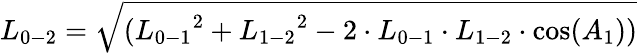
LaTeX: {L_{0-2}}=\sqrt{({L_{0-1}}^{2}+{L_{1-2}}^{2}-2\cdot{L_{0-1}}\cdot{L_{1-2}}\cdot\cos({A_{1}}))}